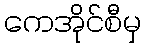
ကေအိုင်စီမှ